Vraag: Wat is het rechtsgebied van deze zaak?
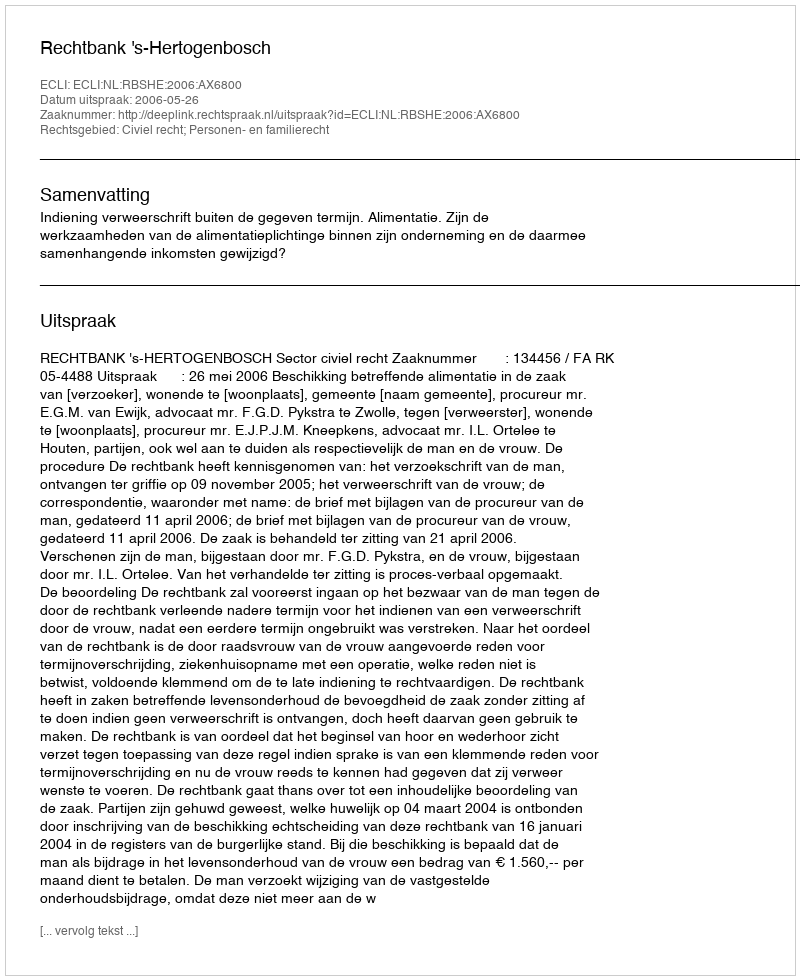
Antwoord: Civiel recht; Personen- en familierecht